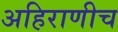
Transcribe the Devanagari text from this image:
अहिराणीच